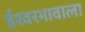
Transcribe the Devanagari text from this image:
ईश्‍वरभावाला